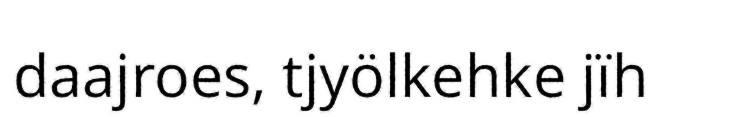
daajroes, tjyölkehke jïh